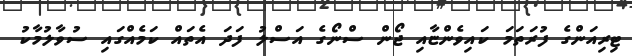
ޓިރިއަންގެ ފުރަތަމަ ކައިވެންޏާއި ޖޯން ސްނޯގެ އަސްލު ފަދަ އެތައް ކަމެއްގައި ސުވާލުމާކު